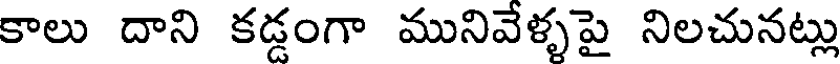
కాలు దాని కడ్డంగా మునివేళ్ళపై నిలచునట్లు